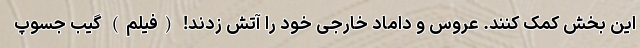
این بخش کمک کنند. عروس و داماد خارجی خود را آتش زدند! (فیلم) گیب جسوپ